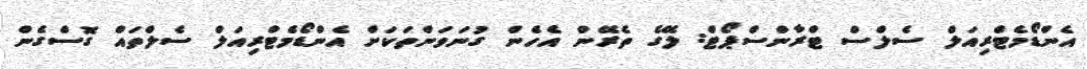
އެންޑޯމެޓްރިއަލް ސެލްސް ޓްރާންސްޕޯޓް: ލޭގެ ތެރޭން އެހެން ގުނަވަންތަކަށް އެންޑޯމެޓްރިއަލް ސެލްތައް ގޮސްގެން